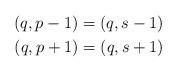
LaTeX: \begin{align*}(q,p-1) = (q, s-1) & \\(q,p+1) = (q, s+1) &\end{align*}